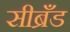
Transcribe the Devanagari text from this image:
सीब्रँड